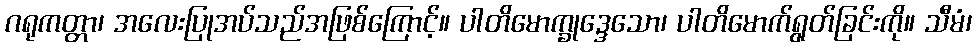
ဂရုကတ္တာ၊ အလေးပြုအပ်သည်အဖြစ်ကြောင့်။ ပါတိမောက္ခုဒ္ဒေသော၊ ပါတိမောက်ရွတ်ခြင်းကို။ သီမံ၊